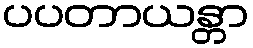
ပပတာယန္တာ